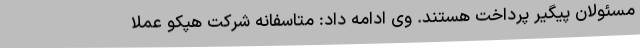
مسئولان پیگیر پرداخت هستند. وی ادامه داد: متاسفانه شرکت هپکو عملا